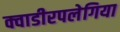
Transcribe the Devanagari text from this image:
क्वाडीरपलेगिया